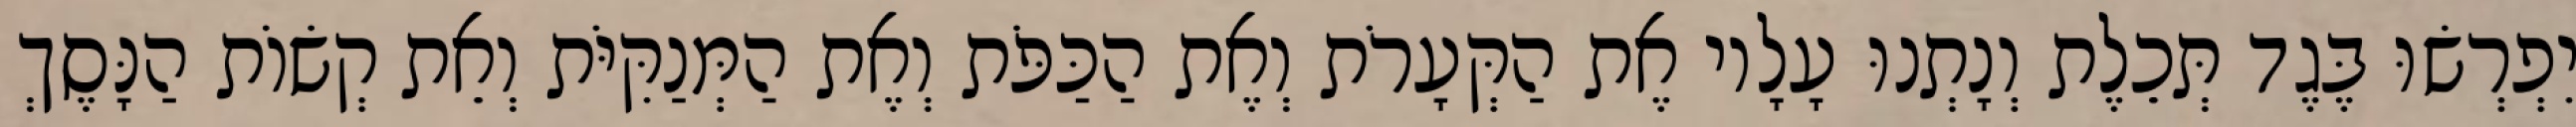
יִפְרְשׂוּ בֶּגֶד תְּכֵלֶת וְנָתְנוּ עָלָיו אֶת הַקְּעָרֹת וְאֶת הַכַּפֹּת וְאֶת הַמְּנַקִּיֹּת וְאֵת קְשׂוֹת הַנָּסֶךְ